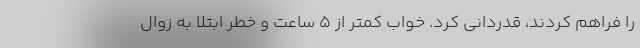
را فراهم کردند، قدردانی کرد. خواب کمتر از ۵ ساعت و خطر ابتلا به زوال